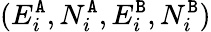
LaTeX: (E_{i}^{{\tt A}},N_{i}^{{\tt A}},E_{i}^{{\tt B}},N_{i}^{{\tt B}})